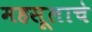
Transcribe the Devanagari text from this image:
महसूलाचे